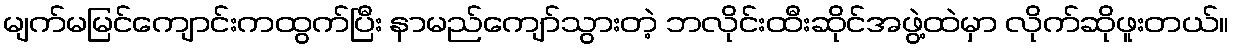
မျက်မမြင်ကျောင်းကထွက်ပြီး နာမည်ကျော်သွားတဲ့ ဘလိုင်းထီးဆိုင်အဖွဲ့ထဲမှာ လိုက်ဆိုဖူးတယ်။